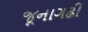
જૂનાગઢી